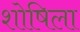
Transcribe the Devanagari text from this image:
शोषिला